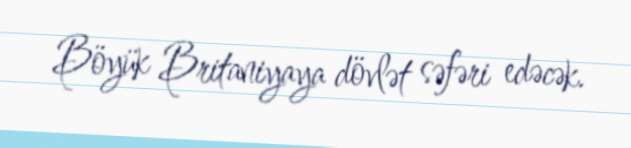
Böyük Britaniyaya dövlət səfəri edəcək.